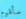
سأقوم